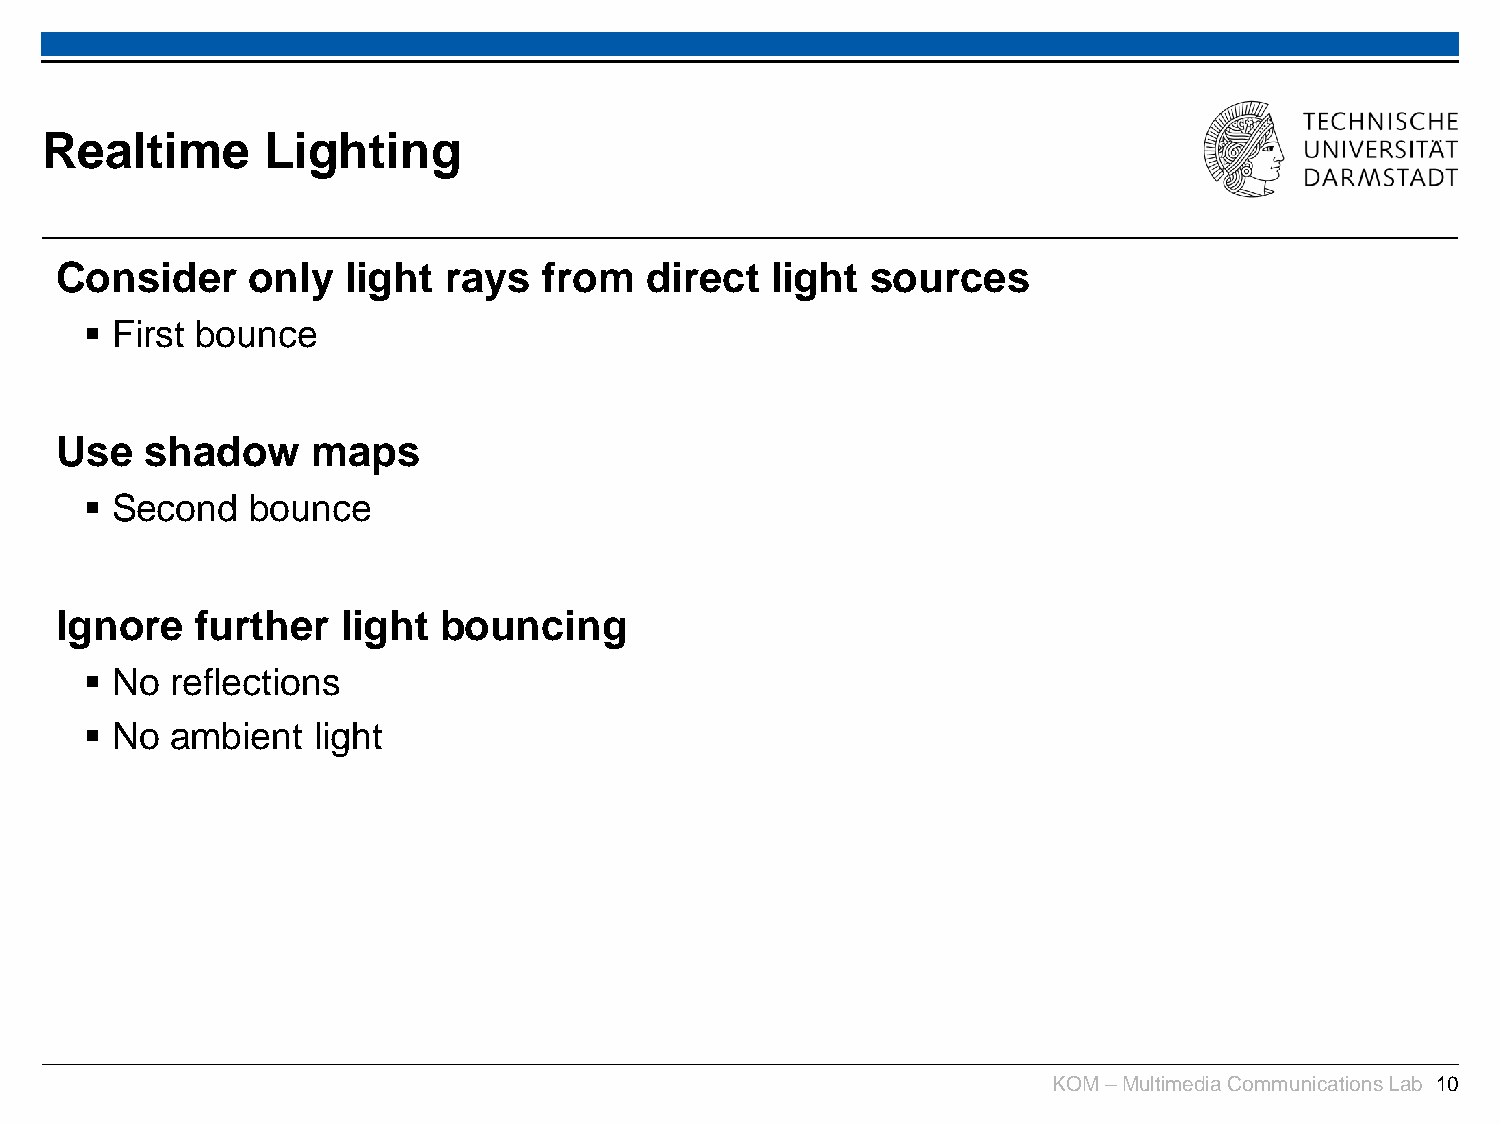
Realtime      Lighting
 Consider    only   light rays   from   direct  light  sources
  First bounce
 Use   shadow     maps
  Second  bounce
 Ignore   further   light bouncing
  No reflections
  No ambient   light
 KOM –Multimedia Communications Lab 10